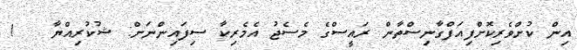
އިން ކުށްވެރިކޮށްފިއަފްގާނިސްތާން ރައީސްގެ މެސެޖު އެމެރިކާ ސިފައިންނަށް: ޝުކުރިއްޔާ   !